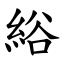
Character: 綌